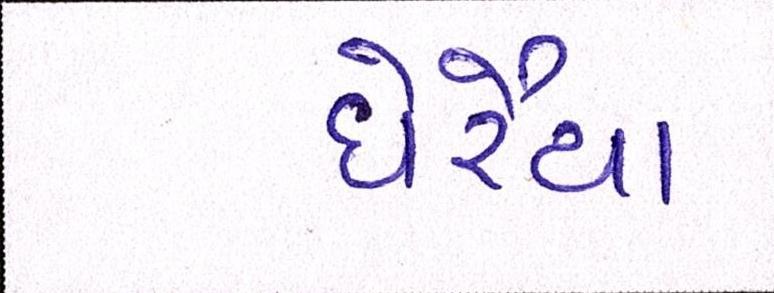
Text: ઘેરૈયા